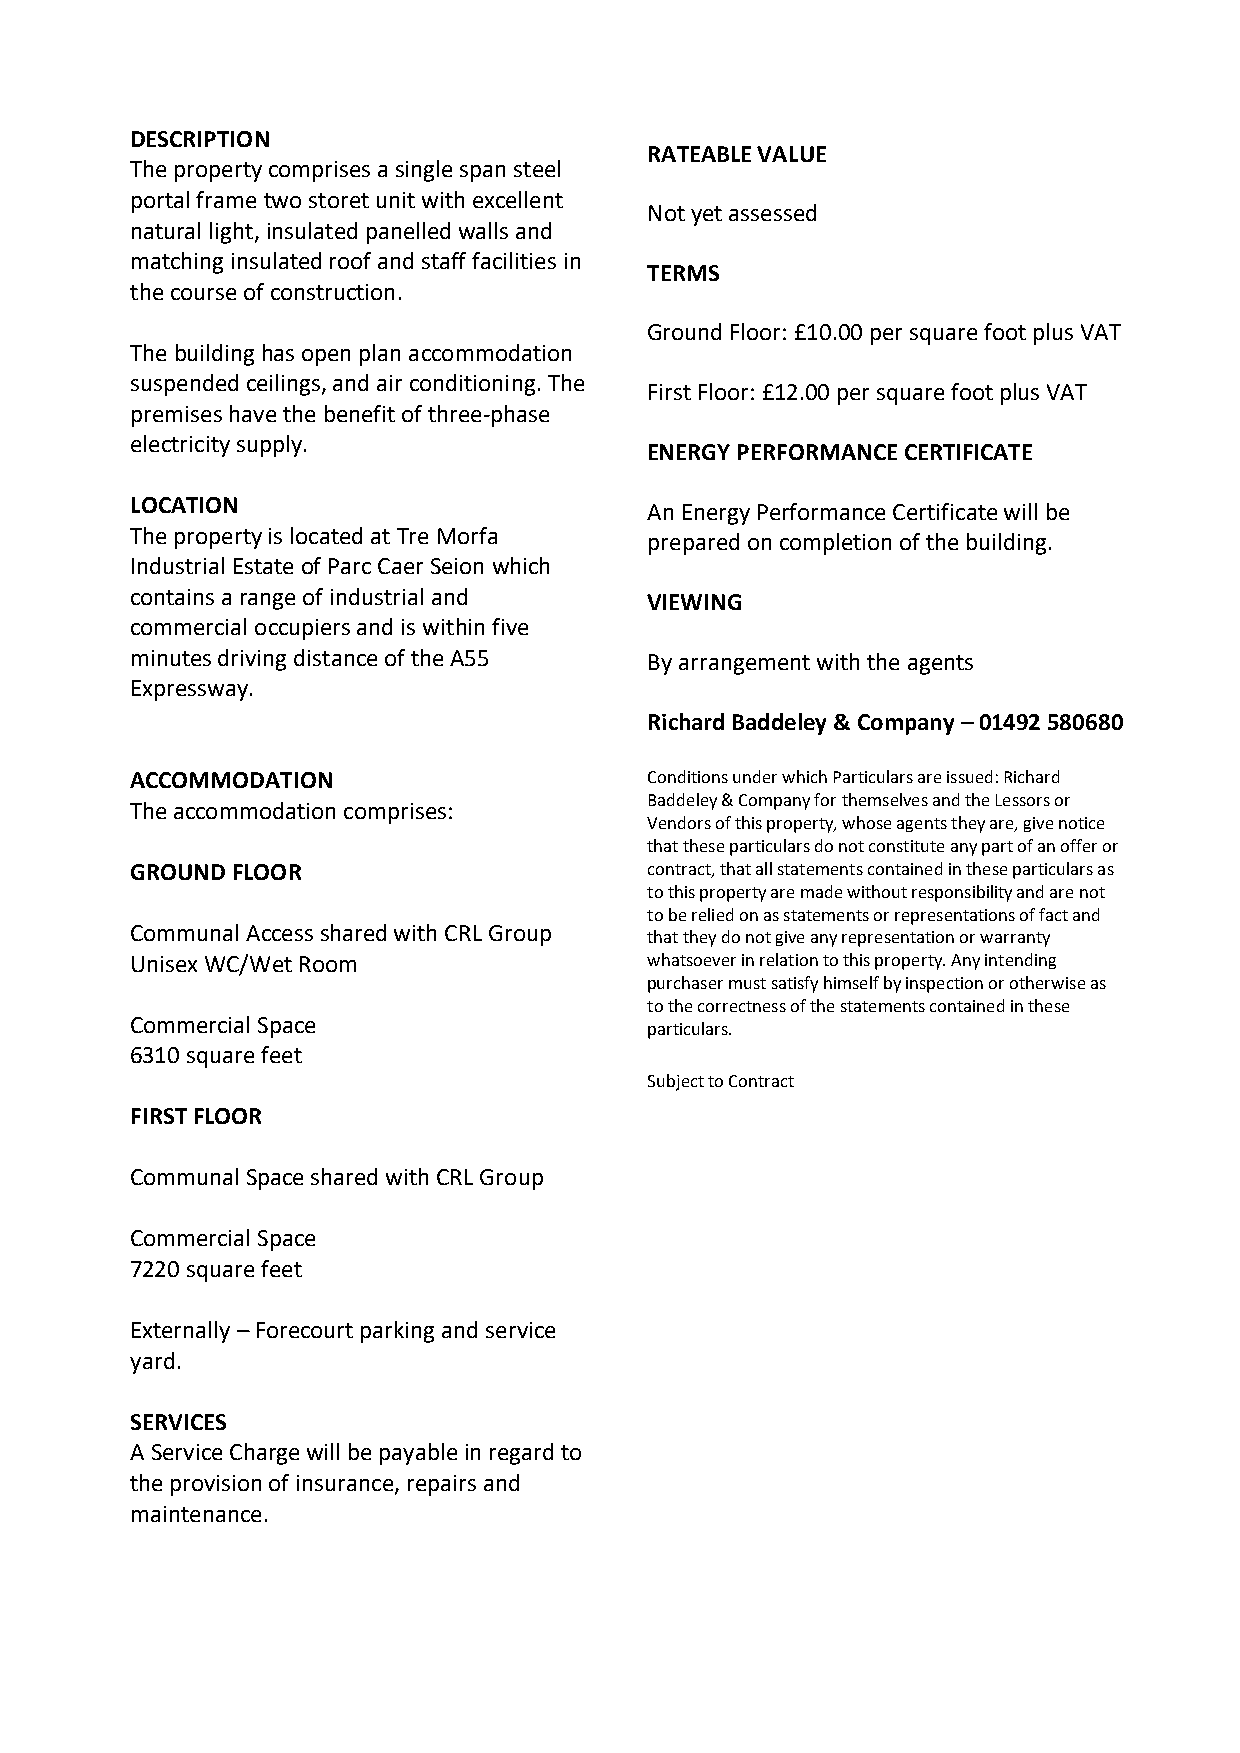
DESCRIPTION
 RATEABLE VALUE
 The property comprises a single span steel
 portal frame two storet unit with excellent
 Not yet assessed
 natural light, insulated panelled walls and
 matching insulated roof and staff facilities in
 TERMS
 the course of construction.
 Ground Floor: £10.00 per square foot plus VAT
 The building has open plan accommodation
 suspended ceilings, and air conditioning. The
 First Floor: £12.00 per square foot plus VAT
 premises have the benefit of three-phase
 electricity supply.
 ENERGY PERFORMANCE CERTIFICATE
 LOCATION                          An Energy Performance Certificate will be
 The property is located at Tre Morfa prepared on completion of the building.
 Industrial Estate of Parc Caer Seion which
 contains a range of industrial and VIEWING
 commercial occupiers and is within five
 minutes driving distance of the A55 By arrangement with the agents
 Expressway.
 Richard Baddeley & Company – 01492 580680
 ACCOMMODATION                     Conditions under which Particulars are issued: Richard
 Baddeley & Company for themselves and the Lessors or
 The accommodation comprises:
 Vendors of this property, whose agents they are, give notice
 that these particulars do not constitute any part of an offer or
 GROUND FLOOR                      contract, that all statements contained in these particulars as
 to this property are made without responsibility and are not
 to be relied on as statements or representations of fact and
 Communal Access shared with CRL Group
 that they do not give any representation or warranty
 Unisex WC/Wet Room                whatsoever in relation to this property. Any intending
 purchaser must satisfy himself by inspection or otherwise as
 to the correctness of the statements contained in these
 Commercial Space
 particulars.
 6310 square feet
 Subject to Contract
 FIRST FLOOR
 Communal Space shared with CRL Group
 Commercial Space
 7220 square feet
 Externally – Forecourt parking and service
 yard.
 SERVICES
 A Service Charge will be payable in regard to
 the provision of insurance, repairs and
 maintenance.
 £31,750
 TERMS
 Lease for a minimum term of five years on